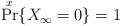
LaTeX: \begin{align*}\Pr^x\{X_\infty = 0\}=1\end{align*}